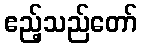
ဧည့်သည်တော်